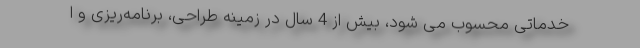
خدماتی محسوب می شود، بیش از 4 سال در زمینه طراحی، برنامه‌ریزی و ا